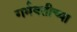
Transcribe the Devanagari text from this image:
गर्भवतीच्या